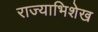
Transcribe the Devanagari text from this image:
राज्याभिशेख